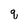
Character: q